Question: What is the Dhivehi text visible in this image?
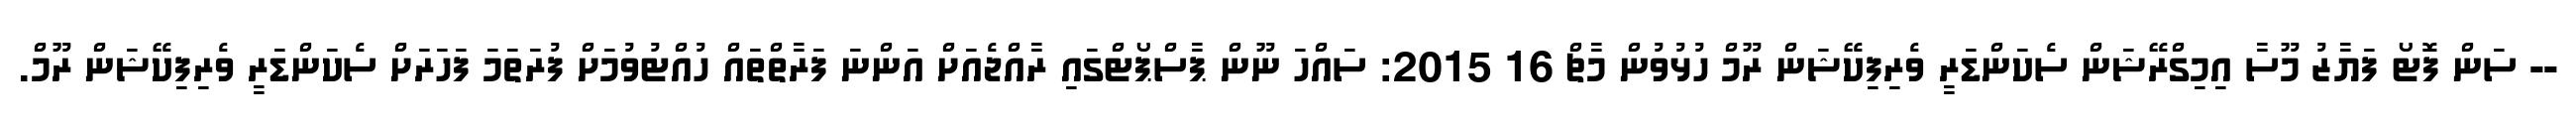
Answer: -- ސަން ފޮޓޯ ފަޔާޒު މޫސާ އިމިގްރޭޝަން ސެކަންޑަރީ ވެރިފިކޭޝަން ރޫމް ހުޅުވުން މާޗް 16 2015: ސައްހަ ނޫން ޕާސްޕޯޓްގައި ރާއްޖެއަށް އަންނަ ފަރާތްތައް ހުއްޓުވުމަށް ފުރަތަމަ ފަހަރަށް ސެކަންޑަރީ ވެރިފިކޭޝަން ރޫމް.